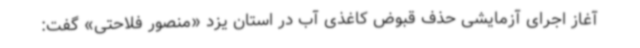
آغاز اجرای آزمایشی حذف قبوض کاغذی آب در استان یزد «منصور فلاحتی» گفت: